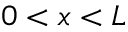
0 < x < L